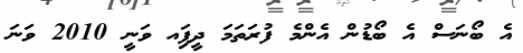
އެ ބޯނަސް އެ ބޯޑުން އެންމެ ފުރަތަމަ ދީފަިއ ވަނީ 2010 ވަނަ